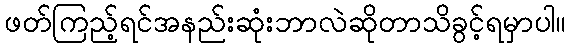
ဖတ်ကြည့်ရင်အနည်းဆုံးဘာလဲဆိုတာသိခွင့်ရမှာပါ။